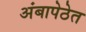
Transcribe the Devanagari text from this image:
अंबापेठेत